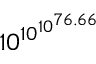
1 0 ^ { 1 0 ^ { 1 0 ^ { 7 6 . 6 6 } } }